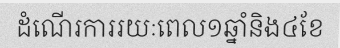
ដំណើរការរយៈពេល១ឆ្នាំនិង៤ខែ